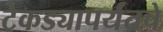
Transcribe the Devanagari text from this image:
टेकड्यापर्यंतचे